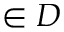
\in { \cal D }